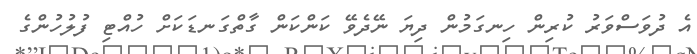
އެ ދުވަސްވަރު ކުރިން ހިނގަމުން ދިޔަ ނޭދެވޭ ކަންކަން ގާތްގަނޑަކަށް ހުއްޓި ފުލުހުންގެ